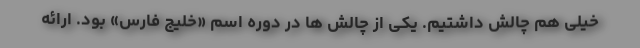
خیلی هم چالش داشتیم. یکی از چالش ها در دوره اسم «خلیج فارس» بود. ارائه